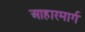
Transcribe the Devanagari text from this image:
आहारमार्ग